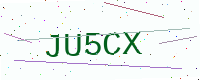
Text: JU5CX